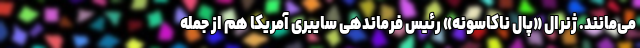
می‌مانند. ژنرال «پال ناکاسونه» رئیس فرماندهی سایبری آمریکا هم از جمله